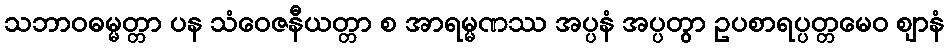
သဘာဝဓမ္မတ္တာ ပန သံဝေဇနီယတ္တာ စ အာရမ္မဏဿ အပ္ပနံ အပ္ပတွာ ဥပစာရပ္ပတ္တမေဝ ဈာနံ